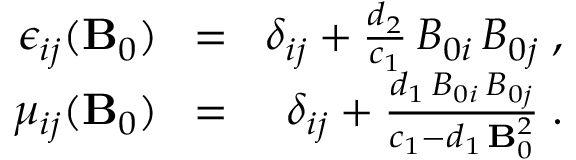
\begin{array} { r l r } { \epsilon _ { i j } ( { \bf B } _ { 0 } ) \! } & { = } & { \! \delta _ { i j } + \frac { d _ { 2 } } { c _ { 1 } } \, B _ { 0 i } \, B _ { 0 j } \; , } \\ { \mu _ { i j } ( { \bf B } _ { 0 } ) \! } & { = } & { \! \delta _ { i j } + \frac { d _ { 1 } \, B _ { 0 i } \, B _ { 0 j } } { c _ { 1 } - d _ { 1 } \, { \bf B } _ { 0 } ^ { 2 } } \; . } \end{array}